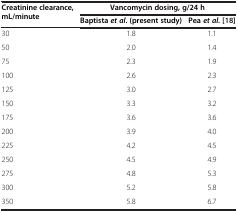
<table><thead><tr><td rowspan="2"><b>Creatinine clearance, mL/minute</b></td><td colspan="2"><b>Vancomycin dosing, g/24 h</b></td></tr><tr><td><b>Baptista<i>et al</i>. (present study)</b></td><td><b>Pea<i>et al</i>. [18]</b></td></tr></thead><tbody><tr><td>30</td><td>1.8</td><td>1.1</td></tr><tr><td>50</td><td>2.0</td><td>1.4</td></tr><tr><td>75</td><td>2.3</td><td>1.9</td></tr><tr><td>100</td><td>2.6</td><td>2.3</td></tr><tr><td>125</td><td>3.0</td><td>2.7</td></tr><tr><td>150</td><td>3.3</td><td>3.2</td></tr><tr><td>175</td><td>3.6</td><td>3.6</td></tr><tr><td>200</td><td>3.9</td><td>4.0</td></tr><tr><td>225</td><td>4.2</td><td>4.5</td></tr><tr><td>250</td><td>4.5</td><td>4.9</td></tr><tr><td>275</td><td>4.8</td><td>5.3</td></tr><tr><td>300</td><td>5.2</td><td>5.8</td></tr><tr><td>350</td><td>5.8</td><td>6.7</td></tr></tbody></table>